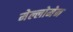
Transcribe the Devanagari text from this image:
मेल्लोमेन